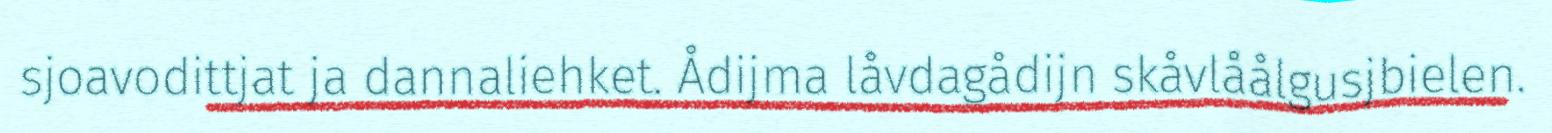
sjoavodittjat ja dannaliehket. Ådijma låvdagådijn skåvlåålgusjbielen.